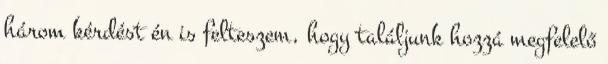
három kérdést én is felteszem, hogy találjunk hozzá megfelelő